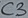
Text: C3